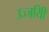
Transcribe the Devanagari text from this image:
उज्जयिी